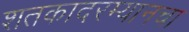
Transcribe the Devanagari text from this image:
शतकादरम्यानचा